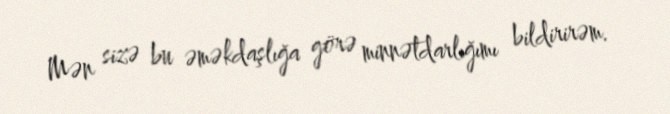
Mən sizə bu əməkdaşlığa görə minnətdarlığımı bildirirəm.